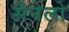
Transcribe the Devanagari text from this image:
सैनेलो